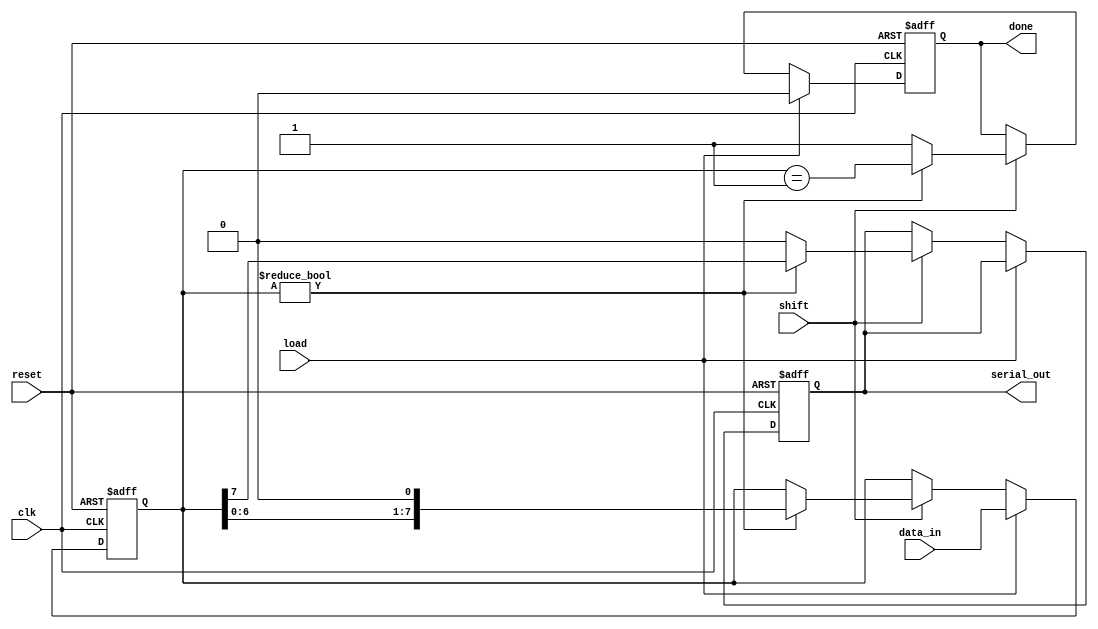
module PISO_Register #(
    parameter WIDTH = 8  // Width of the data input
)(
    input wire clk,       // Clock signal
    input wire reset,     // Reset signal
    input wire load,      // Load signal
    input wire shift,     // Shift signal
    input wire [WIDTH-1:0] data_in, // Parallel data input
    output reg serial_out, // Serial output
    output reg done       // Shift complete signal
);

    reg [WIDTH-1:0] shift_reg; // Shift register to hold data

    always @(posedge clk or posedge reset) begin
        if (reset) begin
            shift_reg <= 0;      // Clear the shift register on reset
            serial_out <= 0;     // Clear the serial output
            done <= 0;           // Clear the done signal
        end else begin
            if (load) begin
                shift_reg <= data_in; // Load data into the shift register
                done <= 0;            // Reset done signal when loading
            end else if (shift) begin
                if (shift_reg != 0) begin
                    serial_out <= shift_reg[WIDTH-1]; // Output MSB
                    shift_reg <= {shift_reg[WIDTH-2:0], 1'b0}; // Shift right
                    done <= (shift_reg == 1); // Set done when all bits are shifted out
                end else begin
                    serial_out <= 0; // If no data left, output 0
                    done <= 1;       // Indicate shifting is done
                end
            end
        end
    end

endmodule